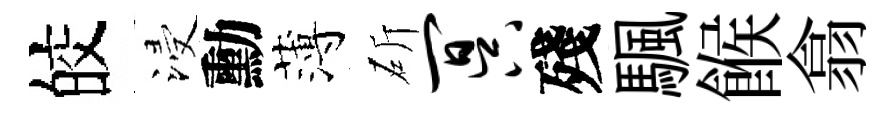
皎浸勳薄斫冥殘颿餱翕